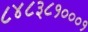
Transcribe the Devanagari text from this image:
८४८३८१०००१